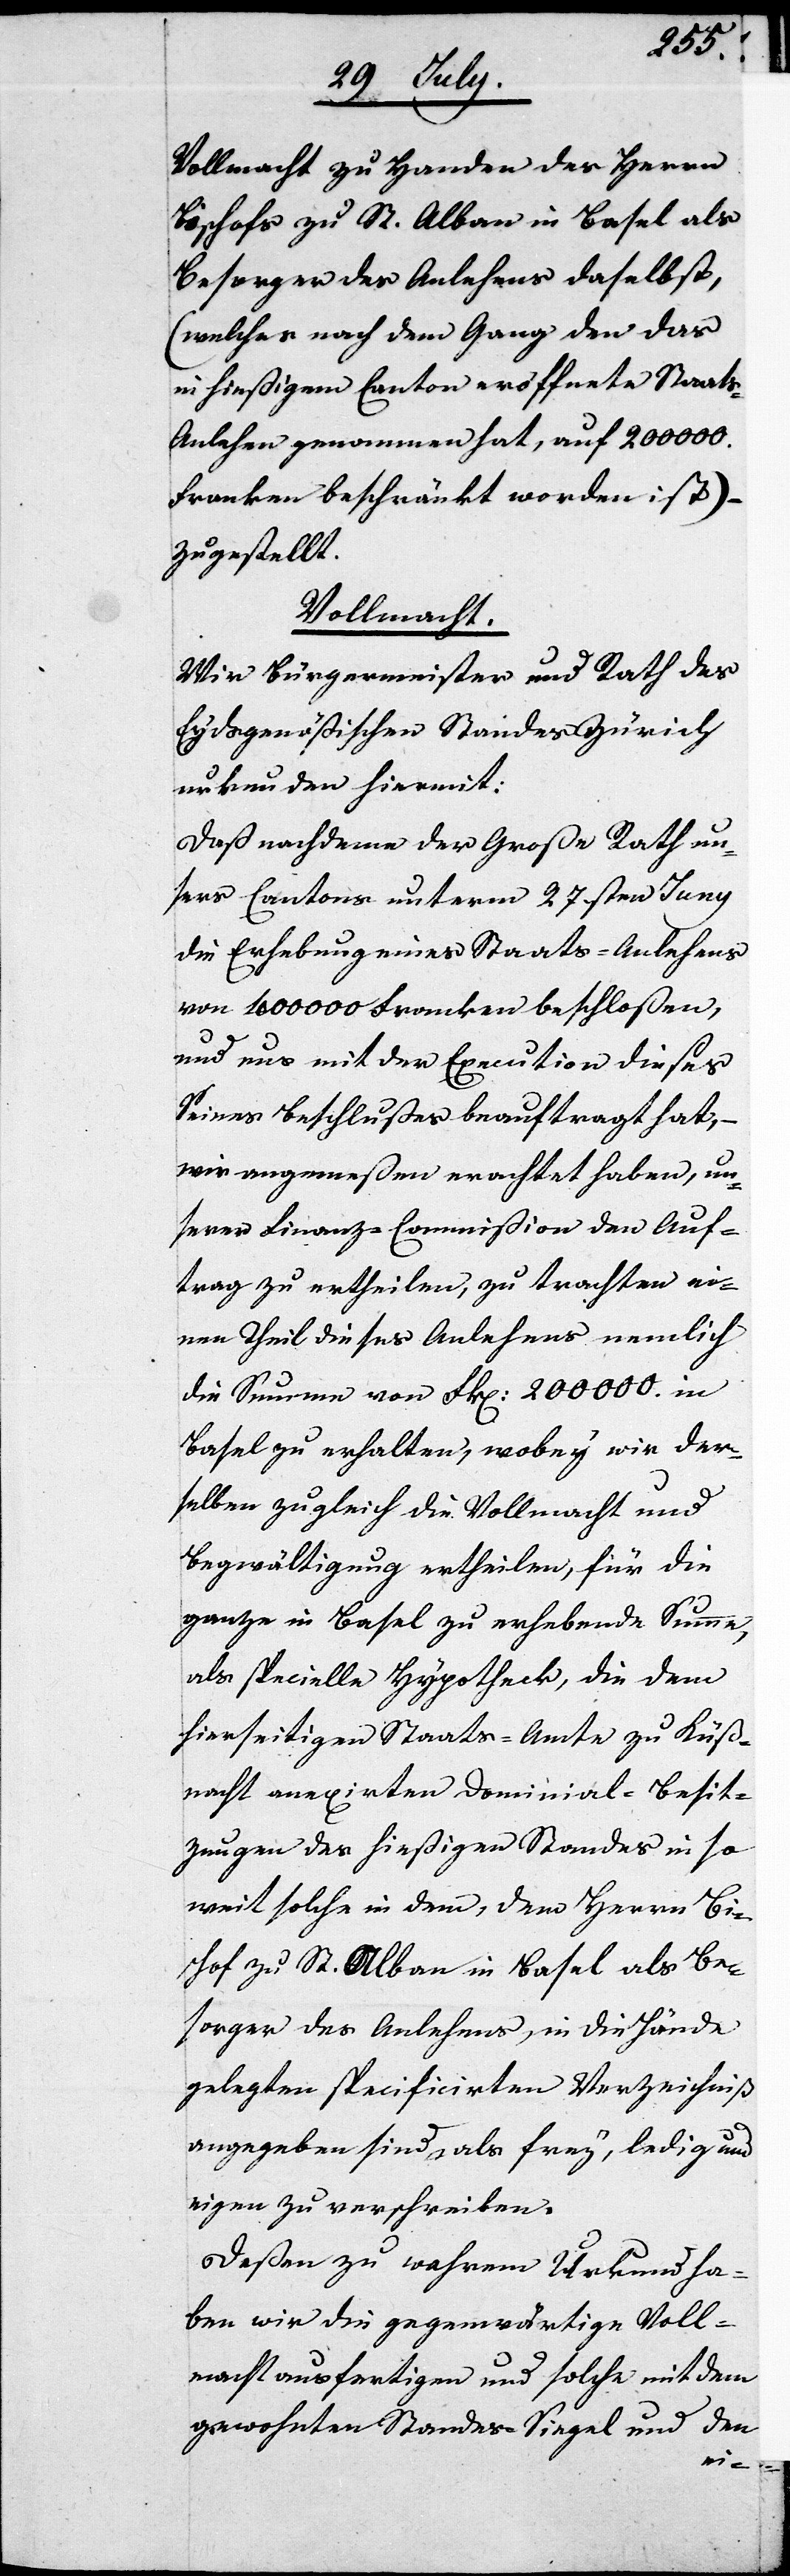
Vollmacht zu Handen des Herrn
Bischofs zu St. Alban in Basel als
Besorger des Anlehens daselbst,
(welches nach dem Gang den das
in hießigem Canton eröffnete Staats-A¬
nlehen genommen hat, auf 200000.
Franken beschränkt worden ist) –
zugestellt.
Vollmacht.
Wir Bürgermeister und Rath des
Eydsgenößischen Standes Zürich
urkunden hiermit:
Daß nachdem der Große Rath un¬
sers Cantons unterm 27sten Juny
die Erhebung eines Staats-Anlehens
von 400000. Franken beschloßen,
und uns mit der Execution dieses
Seines Beschlußes beauftragt hat, –
wir angemeßen erachtet haben, un¬
serer Finanz-Commißion den Auf¬
trag zu ertheilen, zu trachten ei¬
nen Theil dieses Anlehens, nemlich
die Summe von Frk. 200000. in
Basel zu erhalten, wobey wir der¬
selben zugleich die Vollmacht und
Begwältigung ertheilen, für die
ganze in Basel zu erhebende Summe,
als specielle Hypothek, die dem
hierseitigen Staats-Amte zu Küß¬
nacht anexierten Dominial-Besit¬
zungen des hießigen Standes inso¬
weit solchen in dem, dem Herrn Bi¬
schof zu St. Alban in Basel als Be¬
sorger des Anlehens, in die Hände
gelegten specificirten Verzichniß
angegeben sind, als frey, ledig und
eigen zu verschreiben.
Deßen zu wahrem Urkund ha¬
ben wir die gegenwärtige Voll¬
macht ausfertigen und solche mit dem
gewohnten Standes-Siegel und den